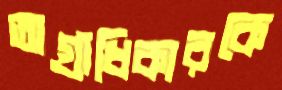
অগ্রাধিকারকে